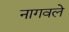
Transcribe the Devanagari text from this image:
नागवले